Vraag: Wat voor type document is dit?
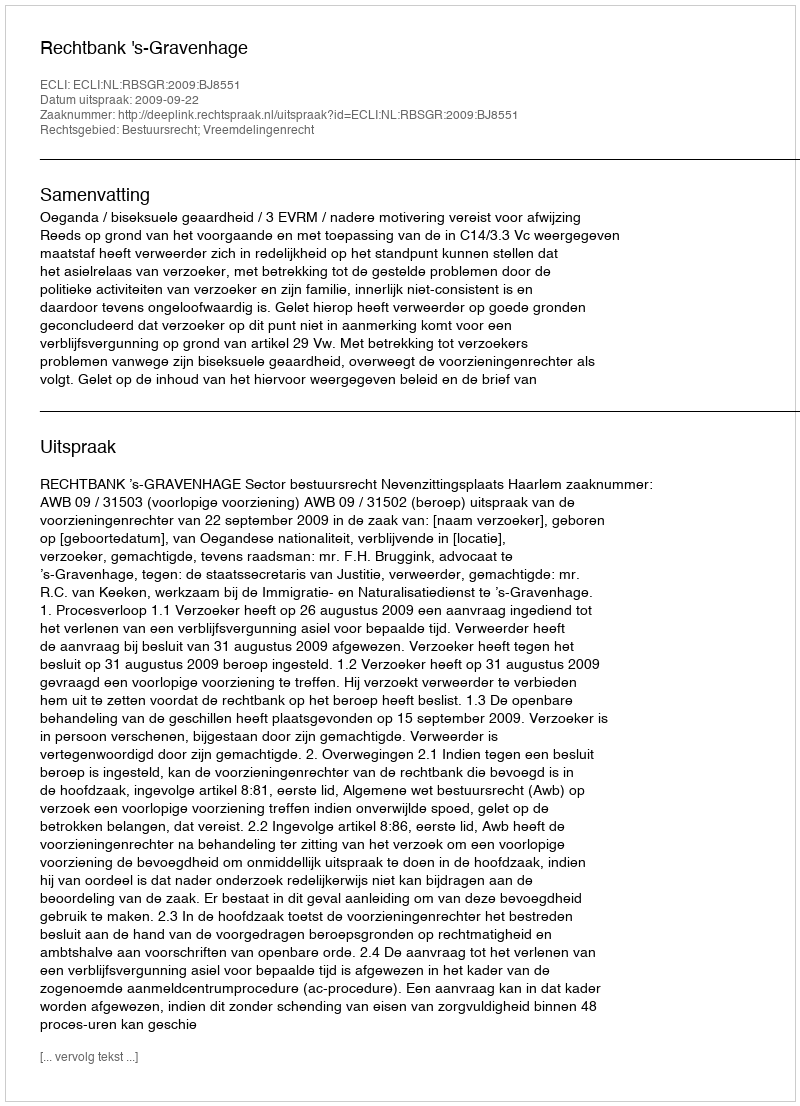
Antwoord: Uitspraak